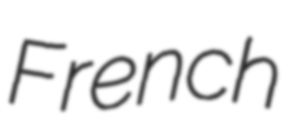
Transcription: French